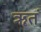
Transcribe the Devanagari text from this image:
ॠतं